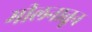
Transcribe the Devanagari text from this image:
मीलनातून